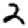
Digit: 2